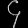
Digit: ၄